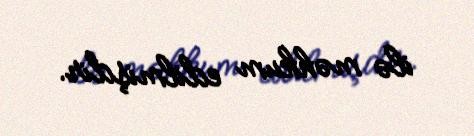
ilə məhkum edilmişdir.